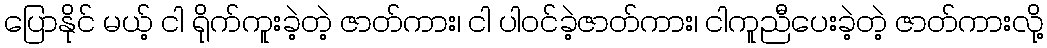
ပြောနိုင် မယ့် ငါ ရိုက်ကူးခဲ့တဲ့ ဇာတ်ကား၊ ငါ ပါဝင်ခဲ့ဇာတ်ကား၊ ငါကူညီပေးခဲ့တဲ့ ဇာတ်ကားလို့